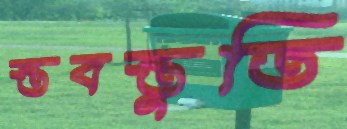
স্তবস্তুতি